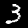
Digit: 3